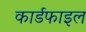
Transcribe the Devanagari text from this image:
कार्डफाइल